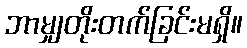
ဘာမျှတိုးတက်ခြင်းမရှိ။